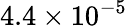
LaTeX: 4.4\times 10^{-5}